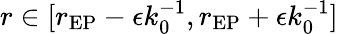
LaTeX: r\in[r_{\mathrm{EP}}-\epsilon k_{0}^{-1},r_{\mathrm{EP}}+\epsilon k_{0}^{-1}]